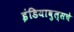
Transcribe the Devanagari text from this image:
इंडियाबुल्सचे